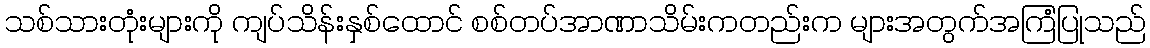
သစ်သားတုံးများကို ကျပ်သိန်းနှစ်ထောင် စစ်တပ်အာဏာသိမ်းကတည်းက များအတွက်အကြံပြုသည်